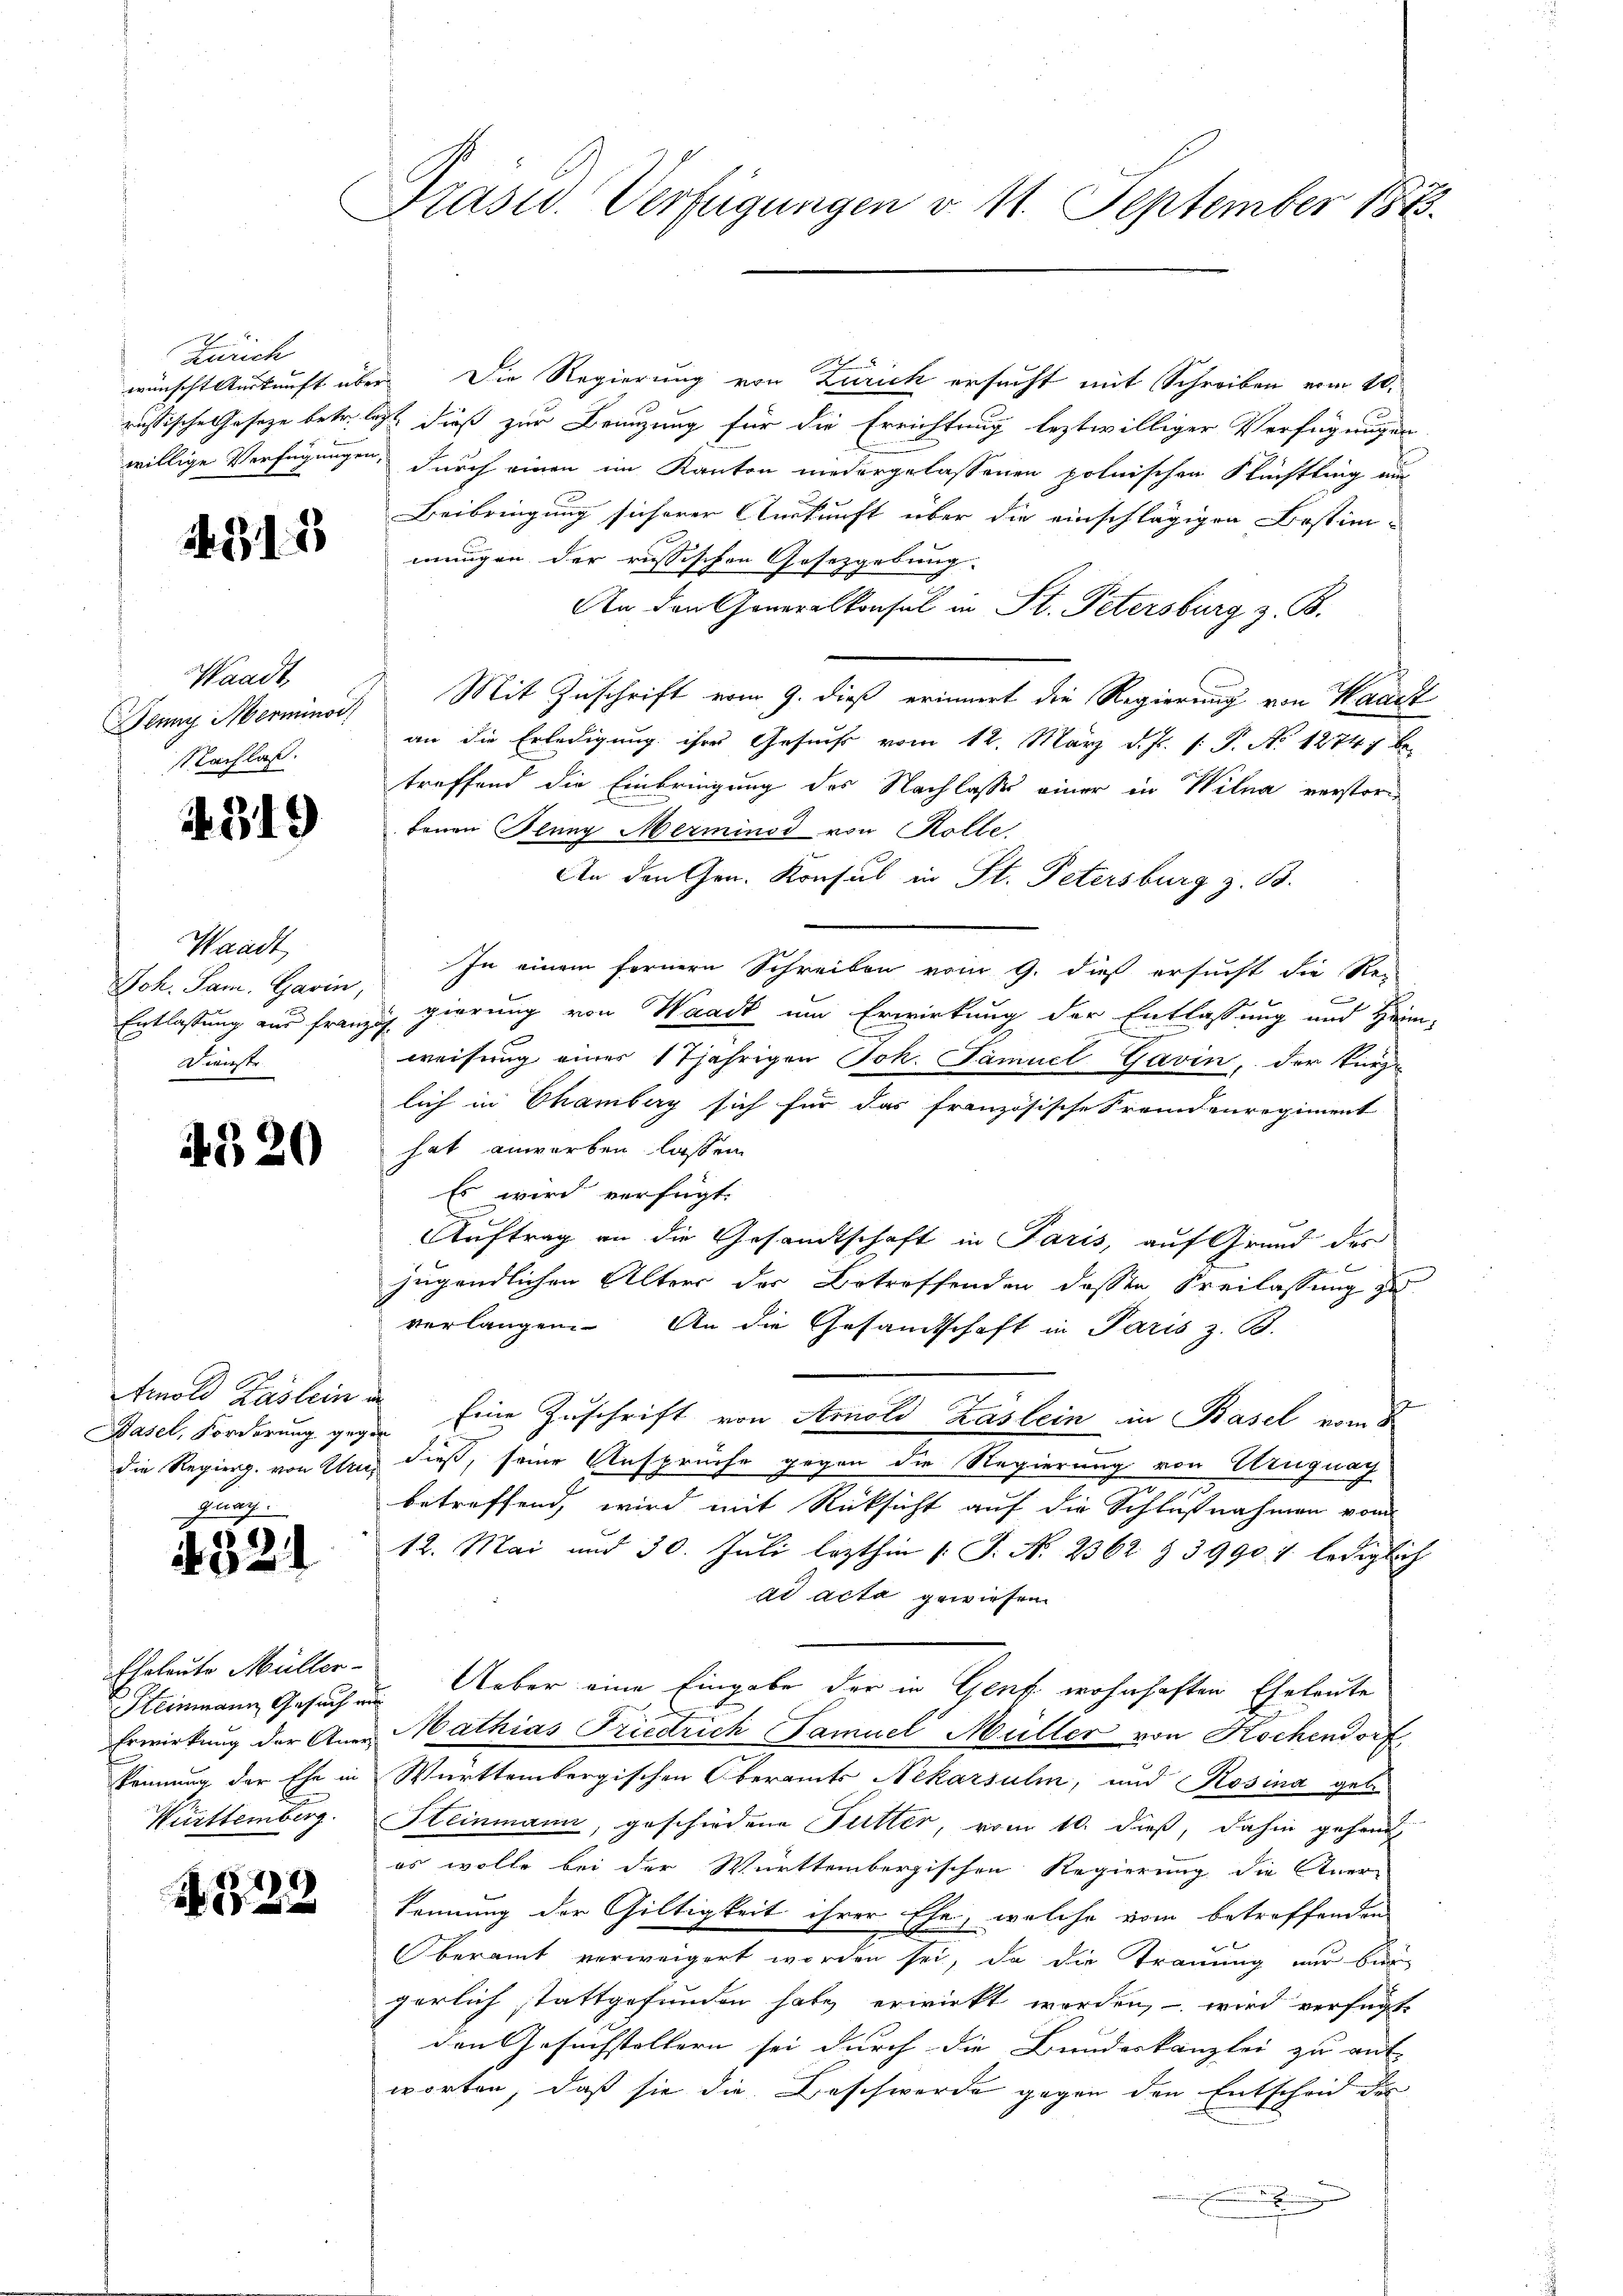
Zürich

4311

Waadt,
Nachlaß.

. 319

Waadt,
Joh. Sam. Gawin,
Dienste

520

Arnold Kaslein in
Kunz.

321

Eheleute Müller-
Württemberg.

4322

Präsid. Verfügungen v. 11. September 1883.

wünscht urkunft über Die Regierung von Zürich ersucht mit Schreiben vom 10.
russische Gesetze betr. les dieß zur Bringung für die Errichtung leztwilliger Verfügungen
willige Verfügungen, durch einen im Kanton niedergelassenen polnischen Flüchtling am
Beibringung sicherer Auskunft über die einschlägigen Bestimmungen der russischen Gesetzgebung.
An den Generalkonsul in St. Petersburg z. B.
Jenny Merminor) Mit Zuschrift vom 9. dieß erinnert die Regierung von Waadt
an die Erledigung ihres Gesuchs vom 12. März d. Js. [: P. No 1274) be-
treffend die Einbringung des Nachlasse einer in Wilna verstorbonen Glanz Merminod von Kolle.
An den Gen. Konsul in St. Petersburg z. B.
In einem fernern Schreiben vom 9. dieß ersucht die Rei
Entlassung aus franzig gierung von Waadt um Erwirkung der Entlassung und Heim-
weisung einer 17jährigen Joh. Samuel Gavin, der Kinz-
lich in Chamberg sich für das französische Fremdenregiment
hat anwerben lassen
Es wird verfügt:
Auftrag an die Gesandtschaft in Paris, auf Grund des
jugendlichen Alters der Betreffenden dessen Freilassung zu
verlangen. An die Gesandtschaft in Paris z. B.
Basel, Forderung gegen Eine Zuschrift von Arnold Kastein in Basel vom 2
die Regiers. von Und dieß, seine Ansprüche gegen die Regierung von Uruguag
betreffend, wird mit Rücksicht auf die Schlußnahmen vom
12. Mai und 30. Juli lezthin 1. J. N. 2362 § 3990 u. lediglich
ad acta gewiesen
Steinmann Gesuch um Ueber eine Eingabe der in Genf wohnhaften Eheleute
h
Erwirkung der Aner Mathias Friedrich Famuel Müller von Kochendorf
kennung der Ehe in Württembergischen Oberamts Nekarsuhm, und Rosina getr
Steinmann, geschiedene Futter, vom 10. dieß, dahin gehend
es wolle bei der Württembergischen Regierung die Aner-
kennung der Gültigkeit ihrer Ehe, welche vom betreffenden
Oberamt verweigert worden sei, da die Trauung nur ber
gerlich stattgefunden habe erwirkt worden, – wird verfügt
den Gesuchstellern sei durch die Bundeskanzlei zu auf
worten, daß sie die Beschwerde gegen den Entscheid des